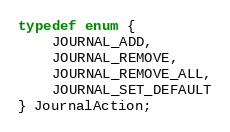
Language: C
typedef enum {
    JOURNAL_ADD,
    JOURNAL_REMOVE,
    JOURNAL_REMOVE_ALL,
    JOURNAL_SET_DEFAULT
} JournalAction;